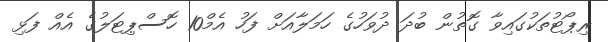
ރިޕޯޓުތަކުގައިވާ ގޮތުން ބުދަ ދުވަހުގެ ހަމަލާއަށް ފަހު އެމް10 ހޮސްޕިޓަލުގެ އެއް ފަޅި